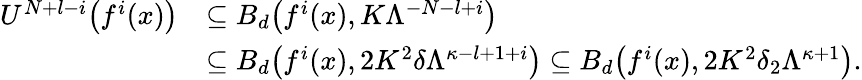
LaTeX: \begin{array}{rl}{U^{N+l-i}\bigl(f^{i}(x)\bigr)}&{\subseteq B_{d}\bigl(f^{i}(x),K\Lambda^{-N-l+i}\bigr)}\\ &{\subseteq B_{d}\bigl(f^{i}(x),2K^{2}\delta\Lambda^{\kappa-l+1+i}\bigr)\subseteq B_{d}\bigl(f^{i}(x),2K^{2}\delta_{2}\Lambda^{\kappa+1}\bigr).}\end{array}